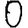
Digit: 0